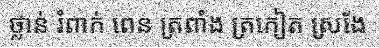
ថ្លាន់ រំពាក់ ពេន ត្រពាំង ត្រកៀត ស្រងែ